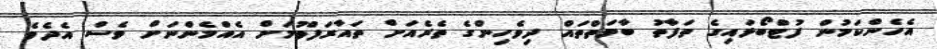
އެހެންކަމުން ފުޓްބޯޅައިގެ ތަފާތު ބާވަތްތައް ދިވެހިންގެ ތެރެއަށް ތައާރަފްވުމަށް އެއްމެންނަށް ވެސް އެދެވެ